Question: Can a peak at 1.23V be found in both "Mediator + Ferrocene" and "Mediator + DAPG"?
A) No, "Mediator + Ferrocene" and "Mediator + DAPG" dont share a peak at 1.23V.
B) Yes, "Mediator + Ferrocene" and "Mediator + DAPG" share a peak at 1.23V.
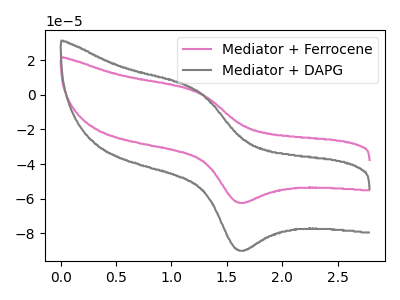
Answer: <think>The pink curve "Mediator + Ferrocene" has an anodic peak at (1.25V, 1.75uA) and a cathodic peak at (1.60V, -62.05uA). The gray curve "Mediator + DAPG" has an anodic peak at (1.25V, 2.50uA) and a cathodic peak at (1.60V, -89.50uA).</think>
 <answer>B) Yes, "Mediator + Ferrocene" and "Mediator + DAPG" share a peak at 1.23V.</answer>
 <eval>B</eval>